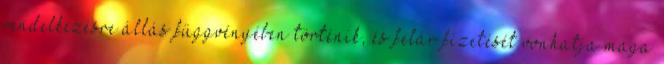
rendelkezésre állás függvényében történik, és felár fizetését vonhatja maga